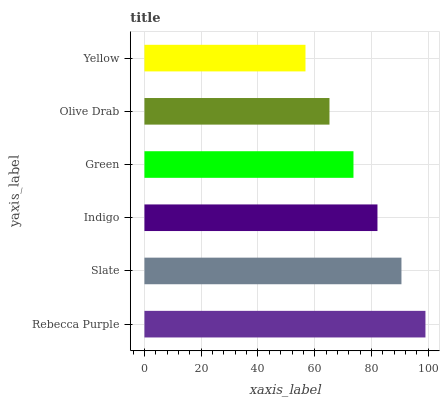
| yaxis_label | bars |
 | --- | --- |
 | Rebecca Purple | 99 |
 | Slate | 90.5 |
 | Indigo | 82.1 |
 | Green | 73.6 |
 | Olive Drab | 65.2 |
 | Yellow | 56.7 |